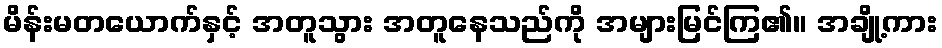
မိန်းမတယောက်နှင့် အတူသွား အတူနေသည်ကို အများမြင်ကြ၏။ အချို့ကား